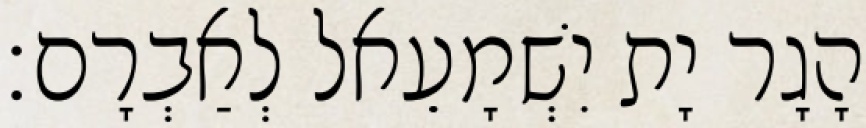
הָגָר יָת יִשְׁמָעֵאל לְאַבְרָם׃